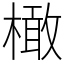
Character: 橄